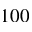
1 0 0